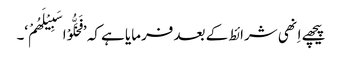
پیچھے اِنھی شرائط کے بعد فرمایا ہے کہ ’فَخَلُّوْا سَبِیْلَھُمْ‘۔